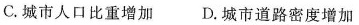
C.城市人口比重增加 D.城市道路密度增加